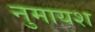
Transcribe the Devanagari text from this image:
नुमायश